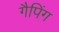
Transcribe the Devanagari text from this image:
गैपिंग